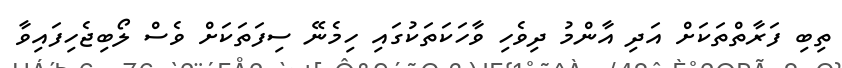
ތިބި ފަރާތްތަކަށް އަދި އާންމު ދިވެހި ވާހަކަތަކުގައި ހިމެނޭ ސިފަތަކަށް ވެސް ލޯބިޖެހިފައިވާ